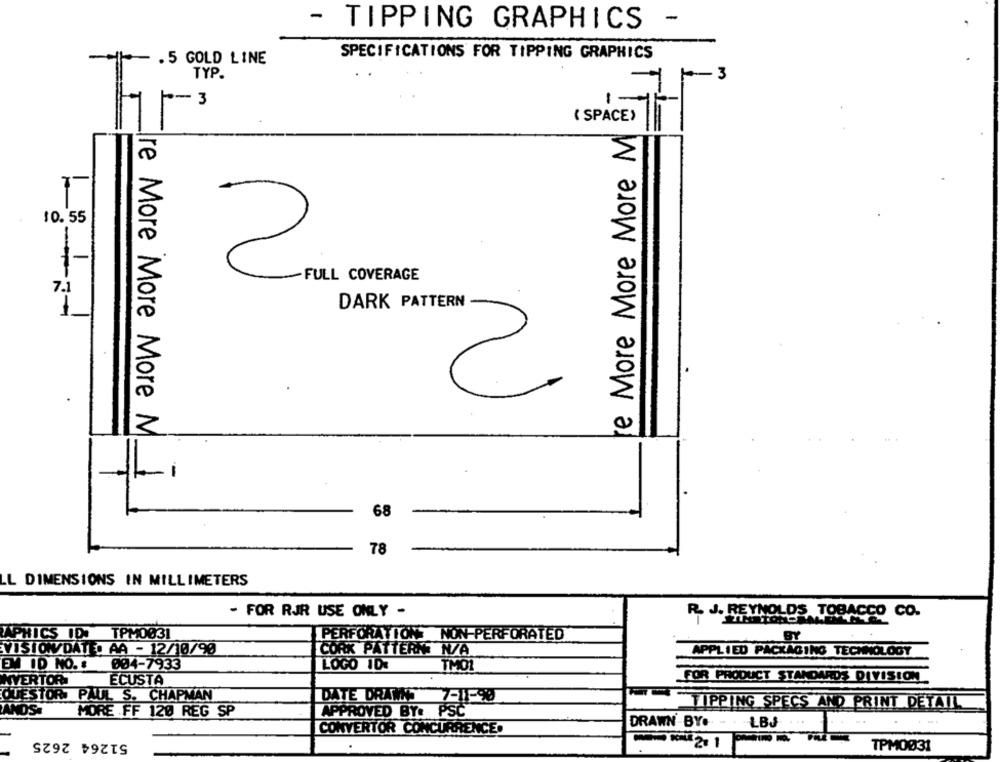
-
- TIPPING GRAPHICS
- . 5 GOLD LINE
SPECIFICATIONS FOR TIPPING GRAPHICS
TYP.
+ 3
-
hr
( SPACE)
e More More More M
10.55
-
2
-FULL COVERAGE
7.1
DARK PATTERN
2
re More More More M.
-1
68
78
LL DIMENSIONS IN MILLIMETERS
- FOR RJR USE ONLY -
R. J. REYNOLDS TOBACCO CO.
LAPHICS IDI
TPM0031
PERFORATIONS NON-PERFORATED
BY
VISIONDATE. AA - 12/10/90
CORK PATTERN N/A
APPLIED PACKAGING TECHNOLOGY
EM ID NO. :
004-7933
LOGO 1DE
TMO1
FOR PRODUCT STANDARDS DIVISION
NYERTORI
ECUSTA
QUESTOR PAUL S. CHAPMAN
DATE DRAWN
7-1190
TIPPING SPECS AND PRINT DETAIL
ANDS.
MORE FF 120 REG SP
APPROVED BY: PSC
DRAWN BY. - . LBJ
...
.-.
CONVERTOR CONCURRENCE.
51264 2625
WE2.1
TPM0031